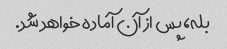
بله، پس از آن آماده خواهد شد.